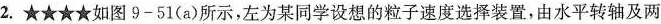
2.★★★★如图9-51(a)所示，左为某同学设想的粒子速度选择装置，由水平转轴及两